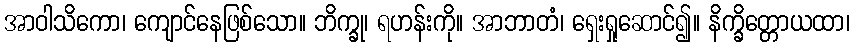
အာဝါသိကော၊ ကျောင်နေဖြစ်သော။ ဘိက္ခု၊ ရဟန်းကို။ အာဘာတံ၊ ရှေးရှုဆောင်၍။ နိက္ခိတ္တောယထာ၊